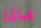
ماذا